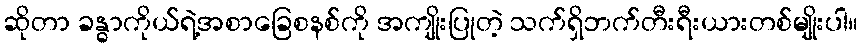
ဆိုတာ ခန္ဓာကိုယ်ရဲ့အစာခြေစနစ်ကို အကျိုးပြုတဲ့ သက်ရှိဘက်တီးရီးယားတစ်မျိုးပါ။